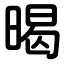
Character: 暍